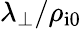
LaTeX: \lambda_{\perp}/\rho_{\mathrm{i0}}